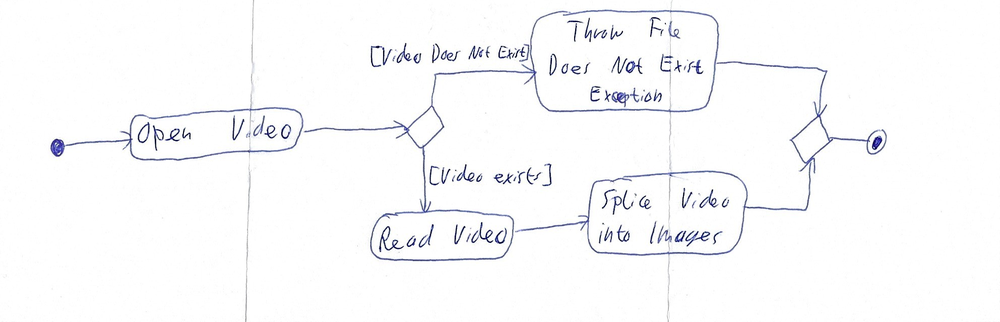
Diagram type: activity_diagram
```plantuml
@startuml

start
:Open Video;
if () then ([Video Does Not Exist])
  :Throw File Does Not Exist Exception;
else ([Video exists])
  :Read Video;
  :Splice Video into Images;
endif

stop

@enduml
```